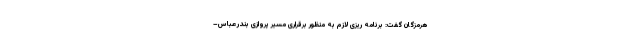
هرمزگان گفت: برنامه ریزی لازم به منظور برقراری مسیر پروازی بندرعباس–